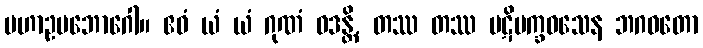
မဟာဥပဘောဂေါ။ ဧဝံ ယံ ယံ ဂုဏံ ဝဒန္တိ, တဿ တဿ ပဋိပက္ခဝသေန ဘဂဝတော